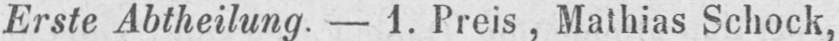
Erste Abtheilung. - 1. Preis, Mathias Schock,